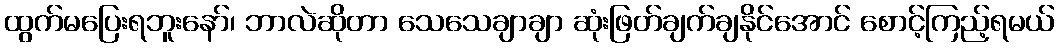
ထွက်မပြေးရဘူးနော်၊ ဘာလဲဆိုတာ သေသေချာချာ ဆုံးဖြတ်ချက်ချနိုင်အောင် စောင့်ကြည့်ရမယ်